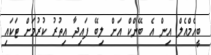
ބީއެމްއެލް އިން އެ ބޭންކް އަށް ލިބޭ ފައިދާ އިތުރު ކުރުމަށް ޓަކައި